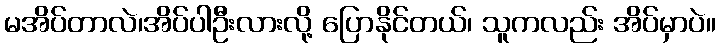
မအိပ်တာလဲ၊အိပ်ပါဦးလားလို့ ပြောနိုင်တယ်၊ သူကလည်း အိပ်မှာပဲ။